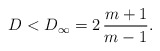
\begin{align*} D < D_{\infty} = 2 \, \frac{m+1}{m-1}.\end{align*}